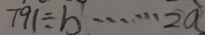
7 9 1 \div b \cdots 2 a